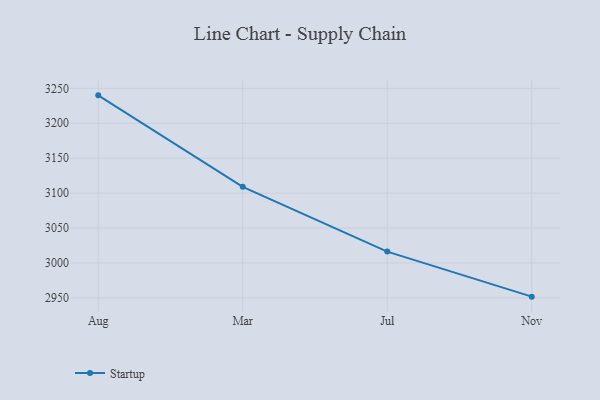
{"axis": {"x": "Month", "y": "Net Income (USD K)"}, "legend": ["Startup"], "data": [{"x": "Aug", "y": 3240.0, "type": "Startup"}, {"x": "Mar", "y": 3109.0, "type": "Startup"}, {"x": "Jul", "y": 3016.2, "type": "Startup"}, {"x": "Nov", "y": 2951.7, "type": "Startup"}]}